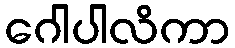
ဂေါပါလိကာ